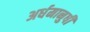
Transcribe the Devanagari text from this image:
अर्धमानुषी